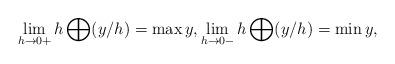
LaTeX: \begin{align*}\lim_{h\to0+} h\bigoplus (y/h) = \max y , \lim_{h\to0-} h\bigoplus (y/h) = \min y ,\end{align*}